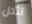
لتحل